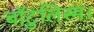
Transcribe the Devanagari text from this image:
बॉटुलिस्म।